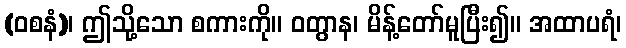
(ဝစနံ)၊ ဤသို့သော စကားကို။ ဝတွာန၊ မိန့်တော်မူပြီး၍။ အထာပရံ၊